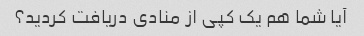
آیا شما هم یک کپی از منادی دریافت کردید؟